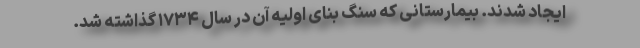
ایجاد شدند. بیمارستانی که سنگ بنای اولیه آن در سال ۱۷۳۴ گذاشته شد.